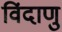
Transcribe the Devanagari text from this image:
विंदाणु